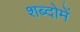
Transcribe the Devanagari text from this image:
शब्दोमें